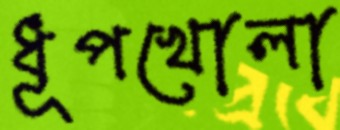
ধূপখোলা